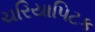
ચરિયાપિટક